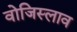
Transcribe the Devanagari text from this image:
वोजिस्लाव